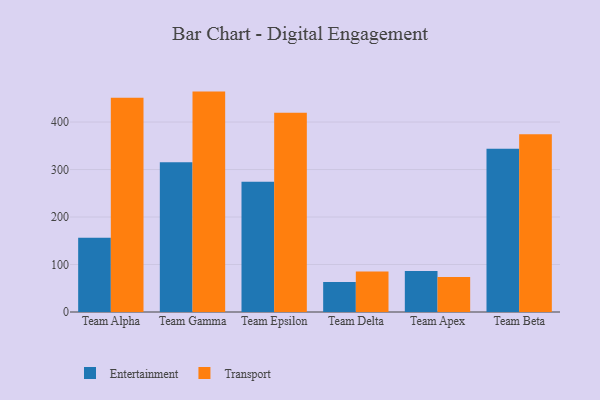
{"axis": {"x": "Team", "y": "Page Views"}, "legend": ["Entertainment", "Transport"], "data": [{"x": "Team Alpha", "y": 156.2, "type": "Entertainment"}, {"x": "Team Alpha", "y": 451.4, "type": "Transport"}, {"x": "Team Gamma", "y": 315.1, "type": "Entertainment"}, {"x": "Team Gamma", "y": 464.1, "type": "Transport"}, {"x": "Team Epsilon", "y": 274.4, "type": "Entertainment"}, {"x": "Team Epsilon", "y": 419.4, "type": "Transport"}, {"x": "Team Delta", "y": 63.4, "type": "Entertainment"}, {"x": "Team Delta", "y": 85.5, "type": "Transport"}, {"x": "Team Apex", "y": 86.3, "type": "Entertainment"}, {"x": "Team Apex", "y": 73.9, "type": "Transport"}, {"x": "Team Beta", "y": 343.7, "type": "Entertainment"}, {"x": "Team Beta", "y": 374.4, "type": "Transport"}]}